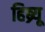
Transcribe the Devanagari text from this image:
हिब्र्यू